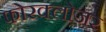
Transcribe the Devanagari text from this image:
फोरक्लोजर